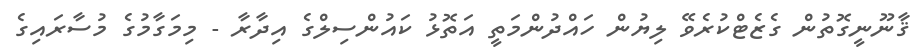
ޤާނޫނީގޮތުން ގެޒެޓްކުރެވޭ ލިޔުން ހައްދުންމަތީ އަތޮޅު ކައުންސިލްގެ އިދާރާ - މިމަގާމުގެ މުސާރައިގެ